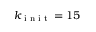
k _ { \textrm { i n i t } } = 1 5